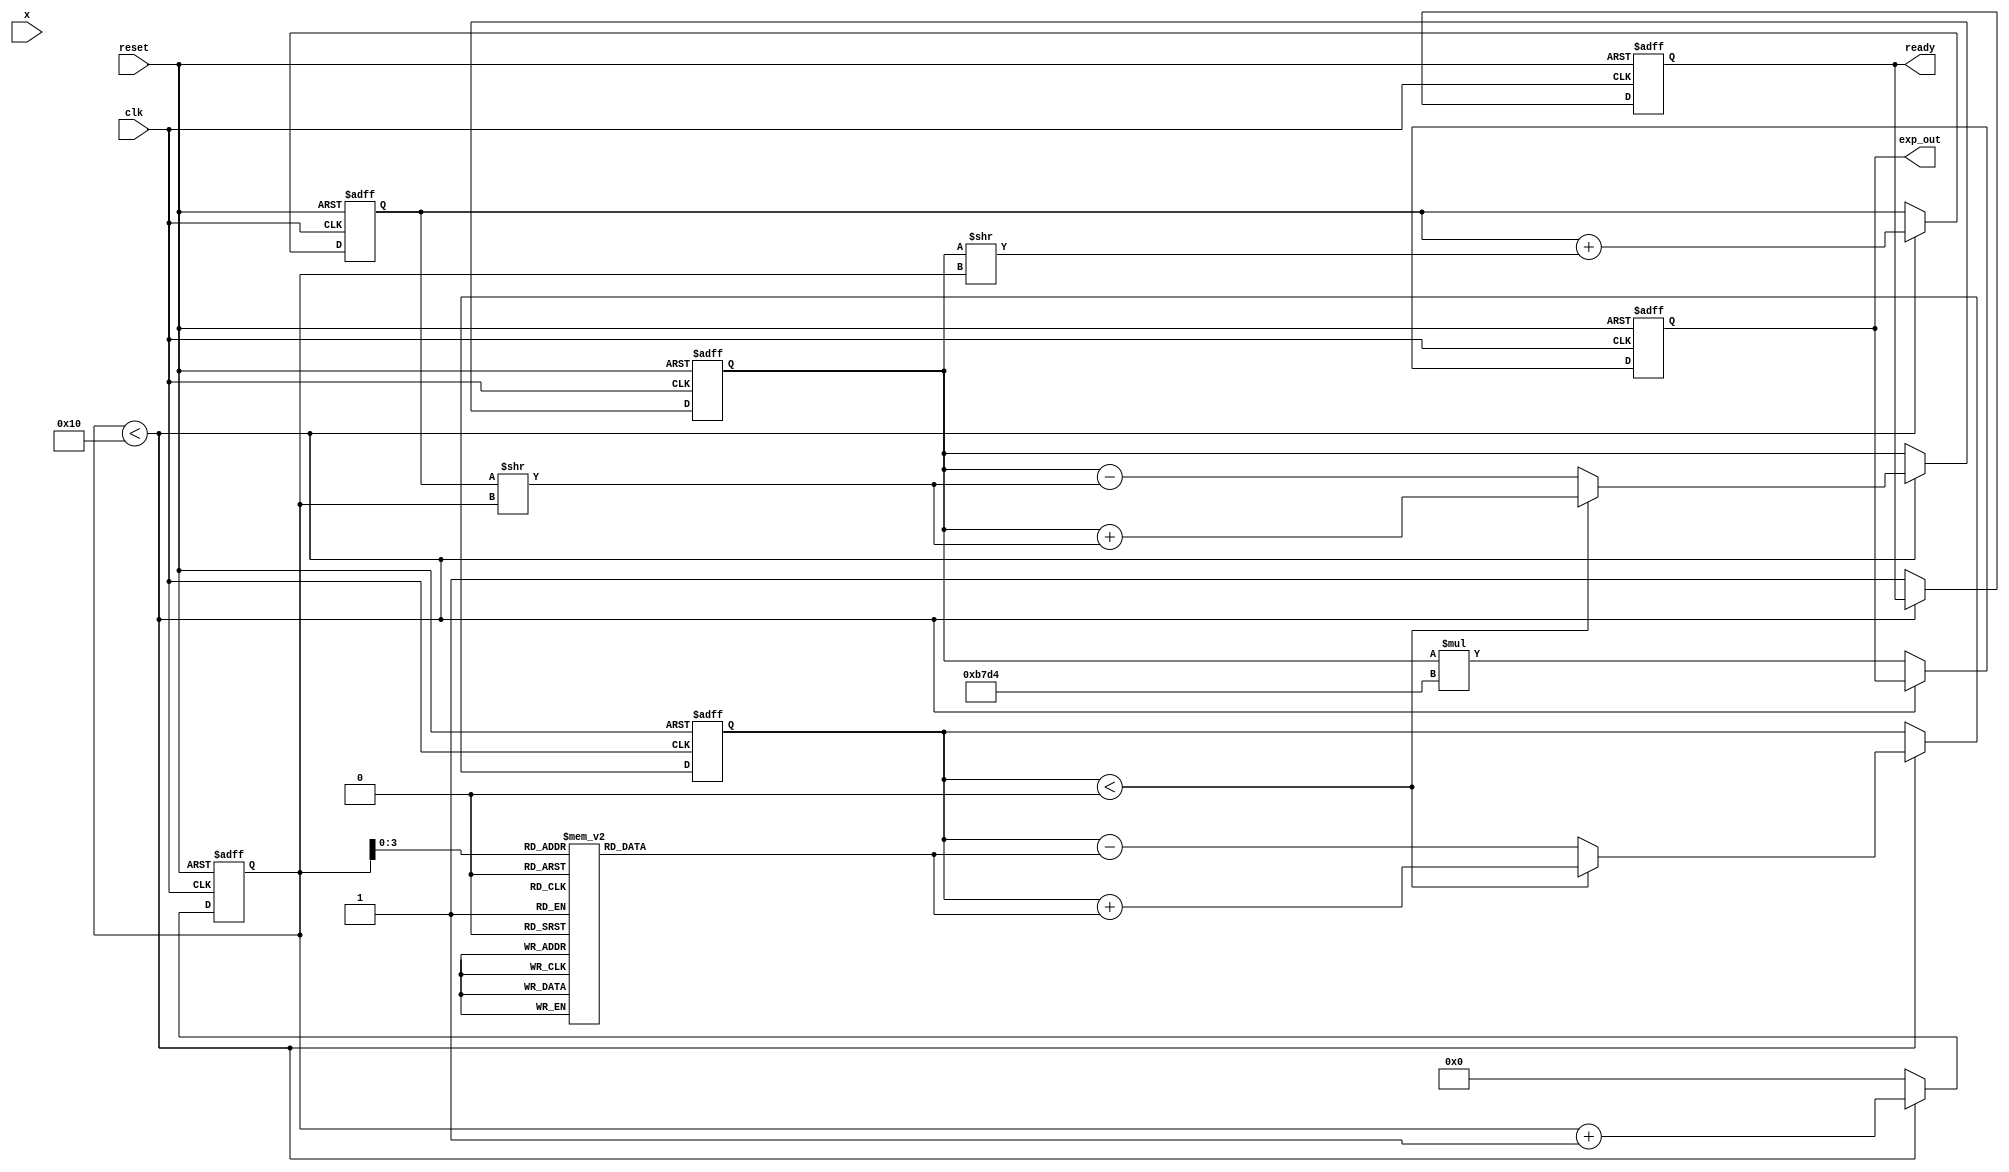
module cordic_exponential (
    input wire [15:0] x,       // Input value (fixed-point format)
    input wire clk,            // Clock signal
    input wire reset,          // Asynchronous reset signal
    output reg [31:0] exp_out, // Output value for e^x
    output reg ready           // Output ready signal
);

    // Parameters
    parameter N = 16;          // Number of iterations
    parameter SCALE_FACTOR = 32'hB7D4; // Scaling factor for e^x
    reg [15:0] angle [0:N-1];  // Lookup table for angles
    reg [31:0] z;              // Working variable for x
    reg [31:0] y;              // Working variable for y
    reg [31:0] x_curr;         // Current x value
    reg [N-1:0] state;         // State register for iterations
    integer i;                 // Loop variable

    // CORDIC angle values for hyperbolic rotation (in fixed-point)
    initial begin
        angle[0] = 16'h1;      // atan(2^-0)
        angle[1] = 16'h3;      // atan(2^-1)
        angle[2] = 16'h5;      // atan(2^-2)
        angle[3] = 16'h7;      // atan(2^-3)
        angle[4] = 16'h9;      // atan(2^-4)
        angle[5] = 16'hB;      // atan(2^-5)
        angle[6] = 16'hD;      // atan(2^-6)
        angle[7] = 16'hF;      // atan(2^-7)
        angle[8] = 16'h11;     // atan(2^-8)
        angle[9] = 16'h13;     // atan(2^-9)
        angle[10] = 16'h15;    // atan(2^-10)
        angle[11] = 16'h17;    // atan(2^-11)
        angle[12] = 16'h19;    // atan(2^-12)
        angle[13] = 16'h1B;    // atan(2^-13)
        angle[14] = 16'h1D;    // atan(2^-14)
        angle[15] = 16'h1F;    // atan(2^-15)
    end

    // State machine for CORDIC iterations
    always @(posedge clk or posedge reset) begin
        if (reset) begin
            exp_out <= 32'h0;
            ready <= 1'b0;
            x_curr <= 32'h0;
            y <= 32'h0;
            z <= 32'h0;
            state <= 0;
        end else begin
            if (state < N) begin
                // Perform CORDIC iterations
                if (z < 0) begin
                    y <= y + (x_curr >> state);
                    z <= z + angle[state];
                end else begin
                    y <= y - (x_curr >> state);
                    z <= z - angle[state];
                end
                x_curr <= x_curr + (y >> state);
                state <= state + 1;
            end else begin
                // Finalize output
                exp_out <= y * SCALE_FACTOR; // Adjust output with scaling factor
                ready <= 1'b1;
                state <= 0; // Reset state for next calculation
            end
        end
    end

endmodule